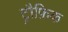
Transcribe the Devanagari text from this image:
ट्रौफ़िक